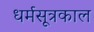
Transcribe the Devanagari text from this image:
धर्मसूत्रकाल